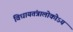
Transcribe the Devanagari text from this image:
विधायतंत्रालोकोऽयं